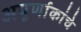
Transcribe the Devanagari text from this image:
अपूर्णाकांचे